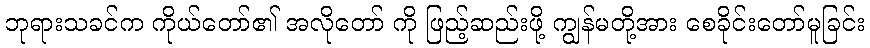
ဘုရားသခင်က ကိုယ်တော်၏ အလိုတော် ကို ဖြည့်ဆည်းဖို့ ကျွန်မတို့အား စေခိုင်းတော်မူခြင်း